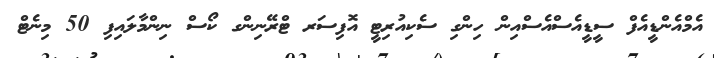
އެމްއެންޑީއެފް ސީޑީއެސްއެސްއިން ހިންގި ސެކިއުރިޓީ އޮފިސަރ ޓްރޭނިންގ ކޯސް ނިންމާލައިފި 50 މިނެޓް